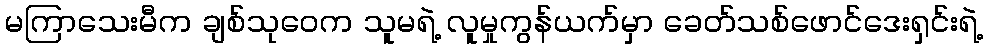
မကြာသေးမီက ချစ်သုဝေက သူမရဲ့ လူမှုကွန်ယက်မှာ ခေတ်သစ်ဖောင်ဒေးရှင်းရဲ့